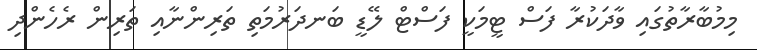
މިމުބާރާތުގައި ވާދަކުރާ ފަސް ޓީމަކީ ފަސްޓް ލޭޑީ ބަނދަރުމަތި ތަރިންނާއި ތަރިން ރެހެންދި